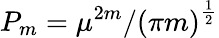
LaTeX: P_{m}=\mu^{2m}/\left(\pi m\right)^{\frac{1}{2}}